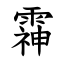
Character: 䨩